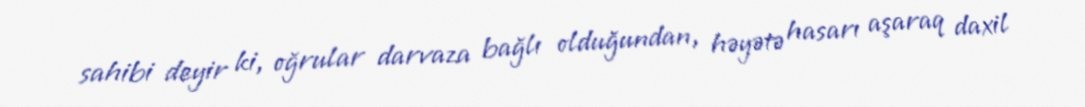
sahibi deyir ki, oğrular darvaza bağlı olduğundan, həyətə hasarı aşaraq daxil